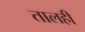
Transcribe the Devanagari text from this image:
तालही